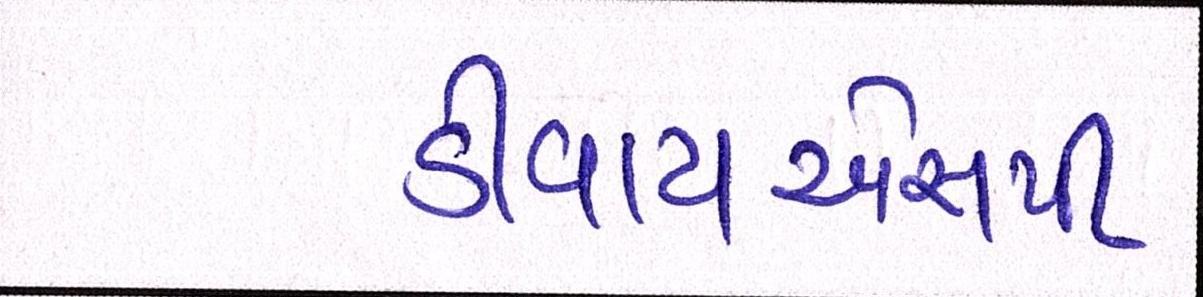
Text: ડીવાયએસપી